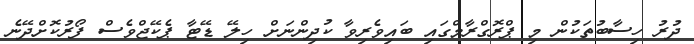
ދުރު ހިސާބުތަކުން މި ޕްރޮގްރާމްގައި ބައިވެރިވާ ކުދިންނަށް ހިލޭ ޑޭޓާ ޕެކޭޖްވެސް ފޯރުކޮށްދޭނެ